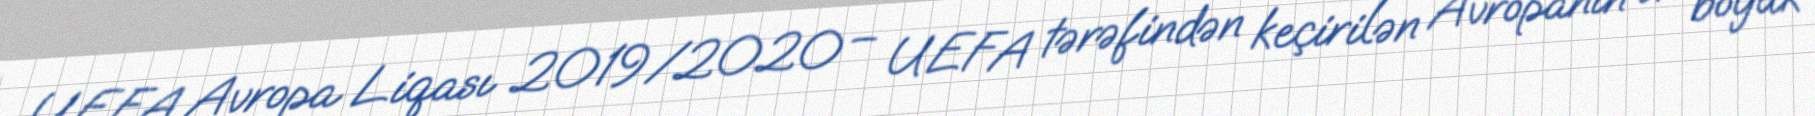
UEFA Avropa Liqası 2019/2020 – UEFA tərəfindən keçirilən Avropanın ən böyük